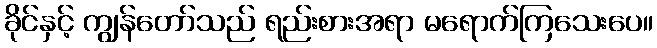
ခိုင်နှင့် ကျွန်တော်သည် ရည်းစားအရာ မရောက်ကြသေးပေ။